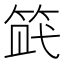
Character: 𥭿